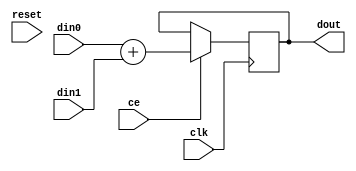
// Version: release . Copyright (C) 2011 XILINX, Inc.

// -------------------------------------------------------------------------------
// -- Add.
// -------------------------------------------------------------------------------
module AESL_Add
#(
parameter
        NUM_STAGE       =       2,
        din0_WIDTH      =       32,
        din1_WIDTH      =       32,
        dout_WIDTH      =       32
)
(
        input                                   clk,
        input                                   reset,
        input                                   ce,
        input           [din0_WIDTH-1:0]        din0,
        input           [din1_WIDTH-1:0]        din1,
        output  wire    [dout_WIDTH-1:0]        dout
);
generate
        if (NUM_STAGE==1)
        begin : comb
                assign  dout = din0 + din1;
        end
        else
        begin : buff
                integer i;
                reg [dout_WIDTH-1:0] dout_buff[NUM_STAGE-2:0];
                assign  dout = dout_buff[NUM_STAGE-2];
                always @(posedge clk)
                begin
                        if (ce)
                        begin
                                for (i=0;i<NUM_STAGE-1;i=i+1)
                                begin
                                        if (i==0)
                                                dout_buff[i] <= din0 + din1;
                                        else
                                                dout_buff[i] <= dout_buff[i-1];
                                end
                        end
                end
        end
endgenerate

endmodule

// -------------------------------------------------------------------------------
// -- Sub.
// -------------------------------------------------------------------------------
module AESL_Sub
#(
parameter
        NUM_STAGE       =       2,
        din0_WIDTH      =       32,
        din1_WIDTH      =       32,
        dout_WIDTH      =       32
)
(
        input                                   clk,
        input                                   reset,
        input                                   ce,
        input           [din0_WIDTH-1:0]        din0,
        input           [din1_WIDTH-1:0]        din1,
        output  wire    [dout_WIDTH-1:0]        dout
);
generate
        if (NUM_STAGE==1)
        begin : comb
                assign  dout = din0 - din1;
        end
        else
        begin : buff
                integer i;
                reg [dout_WIDTH-1:0] dout_buff[NUM_STAGE-2:0];
                assign  dout = dout_buff[NUM_STAGE-2];
                always @(posedge clk)
                begin
                        if (ce)
                        begin
                                for (i=0;i<NUM_STAGE-1;i=i+1)
                                begin
                                        if (i==0)
                                                dout_buff[i] <= din0 - din1;
                                        else
                                                dout_buff[i] <= dout_buff[i-1];
                                end
                        end
                end
        end
endgenerate

endmodule

// -------------------------------------------------------------------------------
// -- Mul.
// -------------------------------------------------------------------------------
module AESL_Mul_ss
#(
parameter
        NUM_STAGE       =       2,
        din0_WIDTH      =       32,
        din1_WIDTH      =       32,
        dout_WIDTH      =       32
)
(
        input                                   clk,
        input                                   reset,
        input                                   ce,
        input           [din0_WIDTH-1:0]        din0,
        input           [din1_WIDTH-1:0]        din1,
        output  wire    [dout_WIDTH-1:0]        dout
);
wire signed [din0_WIDTH:0] a;
wire signed [din1_WIDTH:0] b;
assign a = {din0[din0_WIDTH-1], din0};
assign b = {din1[din1_WIDTH-1], din1};
generate
        if (NUM_STAGE==1)
        begin : comb
                assign  dout = a * b;
        end
        else
        begin : buff
                integer i;
                reg [dout_WIDTH-1:0] dout_buff[NUM_STAGE-2:0];
                assign  dout = dout_buff[NUM_STAGE-2];
                always @(posedge clk)
                begin
                        if (ce)
                        begin
                                for (i=0;i<NUM_STAGE-1;i=i+1)
                                begin
                                        if (i==0)
                                                dout_buff[i] <= a * b;
                                        else
                                                dout_buff[i] <= dout_buff[i-1];
                                end
                        end
                end
        end
endgenerate

endmodule

module AESL_Mul_us
#(
parameter
        NUM_STAGE       =       2,
        din0_WIDTH      =       32,
        din1_WIDTH      =       32,
        dout_WIDTH      =       32
)
(
        input                                   clk,
        input                                   reset,
        input                                   ce,
        input           [din0_WIDTH-1:0]        din0,
        input           [din1_WIDTH-1:0]        din1,
        output  wire    [dout_WIDTH-1:0]        dout
);
wire signed [din0_WIDTH:0] a;
wire signed [din1_WIDTH:0] b;
assign a = {1'b0,               din0};
assign b = {din1[din1_WIDTH-1], din1};
generate
        if (NUM_STAGE==1)
        begin : comb
                assign  dout = a * b;
        end
        else
        begin : buff
                integer i;
                reg [dout_WIDTH-1:0] dout_buff[NUM_STAGE-2:0];
                assign  dout = dout_buff[NUM_STAGE-2];
                always @(posedge clk)
                begin
                        if (ce)
                        begin
                                for (i=0;i<NUM_STAGE-1;i=i+1)
                                begin
                                        if (i==0)
                                                dout_buff[i] <= a * b;
                                        else
                                                dout_buff[i] <= dout_buff[i-1];
                                end
                        end
                end
        end
endgenerate

endmodule

module AESL_Mul_su
#(
parameter
        NUM_STAGE       =       2,
        din0_WIDTH      =       32,
        din1_WIDTH      =       32,
        dout_WIDTH      =       32
)
(
        input                                   clk,
        input                                   reset,
        input                                   ce,
        input           [din0_WIDTH-1:0]        din0,
        input           [din1_WIDTH-1:0]        din1,
        output  wire    [dout_WIDTH-1:0]        dout
);
wire signed [din0_WIDTH:0] a;
wire signed [din1_WIDTH:0] b;
assign a = {din0[din0_WIDTH-1], din0};
assign b = {1'b0              , din1};
generate
        if (NUM_STAGE==1)
        begin : comb
                assign  dout = a * b;
        end
        else
        begin : buff
                integer i;
                reg [dout_WIDTH-1:0] dout_buff[NUM_STAGE-2:0];
                assign  dout = dout_buff[NUM_STAGE-2];
                always @(posedge clk)
                begin
                        if (ce)
                        begin
                                for (i=0;i<NUM_STAGE-1;i=i+1)
                                begin
                                        if (i==0)
                                                dout_buff[i] <= a * b;
                                        else
                                                dout_buff[i] <= dout_buff[i-1];
                                end
                        end
                end
        end
endgenerate

endmodule

module AESL_Mul_uu
#(
parameter
        NUM_STAGE       =       2,
        din0_WIDTH      =       32,
        din1_WIDTH      =       32,
        dout_WIDTH      =       32
)
(
        input                                   clk,
        input                                   reset,
        input                                   ce,
        input           [din0_WIDTH-1:0]        din0,
        input           [din1_WIDTH-1:0]        din1,
        output  wire    [dout_WIDTH-1:0]        dout
);
generate
        if (NUM_STAGE==1)
        begin : comb
                assign  dout = din0 * din1;
        end
        else
        begin : buff
                integer i;
                reg [dout_WIDTH-1:0] dout_buff[NUM_STAGE-2:0];
                assign  dout = dout_buff[NUM_STAGE-2];
                always @(posedge clk)
                begin
                        if (ce)
                        begin
                                for (i=0;i<NUM_STAGE-1;i=i+1)
                                begin
                                        if (i==0)
                                                dout_buff[i] <= din0 * din1;
                                        else
                                                dout_buff[i] <= dout_buff[i-1];
                                end
                        end
                end
        end
endgenerate

endmodule

// -------------------------------------------------------------------------------
// -- SDivide.
// -------------------------------------------------------------------------------
module AESL_sdiv
#(
parameter
        NUM_STAGE       =       2,
        din0_WIDTH      =       32,
        din1_WIDTH      =       32,
        dout_WIDTH      =       32
)
(
        input                                   clk,
        input                                   reset,
        input                                   ce,
        input           [din0_WIDTH-1:0]        din0,
        input           [din1_WIDTH-1:0]        din1,
        output  wire    [dout_WIDTH-1:0]        dout
);
wire signed [din0_WIDTH:0] a;
wire signed [din1_WIDTH:0] b;
assign a = {din0[din0_WIDTH-1], din0};
assign b = {din1[din1_WIDTH-1], din1};
generate
        if (NUM_STAGE==1)
        begin : comb
                assign  dout = a / b;
        end
        else
        begin : buff
                integer i;
                reg [dout_WIDTH-1:0] dout_buff[NUM_STAGE-2:0];
                assign  dout = dout_buff[NUM_STAGE-2];
                always @(posedge clk)
                begin
                        if (ce)
                        begin
                                for (i=0;i<NUM_STAGE-1;i=i+1)
                                begin
                                        if (i==0)
                                                dout_buff[i] <= a / b;
                                        else
                                                dout_buff[i] <= dout_buff[i-1];
                                end
                        end
                end
        end
endgenerate

endmodule

//-------------------------------------------------------------------------------
//-- UDivide.
//-------------------------------------------------------------------------------
module AESL_udiv
#(
parameter
        NUM_STAGE       =       2,
        din0_WIDTH      =       32,
        din1_WIDTH      =       32,
        dout_WIDTH      =       32
)
(
        input                                   clk,
        input                                   reset,
        input                                   ce,
        input           [din0_WIDTH-1:0]        din0,
        input           [din1_WIDTH-1:0]        din1,
        output  wire    [dout_WIDTH-1:0]        dout
);
generate
        if (NUM_STAGE==1)
        begin : comb
                assign  dout = din0 / din1;
        end
        else
        begin : buff
                integer i;
                reg [dout_WIDTH-1:0] dout_buff[NUM_STAGE-2:0];
                assign  dout = dout_buff[NUM_STAGE-2];
                always @(posedge clk)
                begin
                        if (ce)
                        begin
                                for (i=0;i<NUM_STAGE-1;i=i+1)
                                begin
                                        if (i==0)
                                                dout_buff[i] <= din0 / din1;
                                        else
                                                dout_buff[i] <= dout_buff[i-1];
                                end
                        end
                end
        end
endgenerate

endmodule

// -------------------------------------------------------------------------------
// -- SRem
// -------------------------------------------------------------------------------
module AESL_srem
#(
parameter
        NUM_STAGE       =       2,
        din0_WIDTH      =       32,
        din1_WIDTH      =       32,
        dout_WIDTH      =       32
)
(
        input                                   clk,
        input                                   reset,
        input                                   ce,
        input           [din0_WIDTH-1:0]        din0,
        input           [din1_WIDTH-1:0]        din1,
        output  wire    [dout_WIDTH-1:0]        dout
);
wire signed [din0_WIDTH:0] a;
wire signed [din1_WIDTH:0] b;
assign a = {din0[din0_WIDTH-1], din0};
assign b = {din1[din1_WIDTH-1], din1};
generate
        if (NUM_STAGE==1)
        begin : comb
                assign  dout = a % b;
        end
        else
        begin : buff
                integer i;
                reg [dout_WIDTH-1:0] dout_buff[NUM_STAGE-2:0];
                assign  dout = dout_buff[NUM_STAGE-2];
                always @(posedge clk)
                begin
                        if (ce)
                        begin
                                for (i=0;i<NUM_STAGE-1;i=i+1)
                                begin
                                        if (i==0)
                                                dout_buff[i] <= a % b;
                                        else
                                                dout_buff[i] <= dout_buff[i-1];
                                end
                        end
                end
        end
endgenerate

endmodule


// -------------------------------------------------------------------------------
// -- URem
// -------------------------------------------------------------------------------
module AESL_urem
#(
parameter
        NUM_STAGE       =       2,
        din0_WIDTH      =       32,
        din1_WIDTH      =       32,
        dout_WIDTH      =       32
)
(
        input                                   clk,
        input                                   reset,
        input                                   ce,
        input           [din0_WIDTH-1:0]        din0,
        input           [din1_WIDTH-1:0]        din1,
        output  wire    [dout_WIDTH-1:0]        dout
);
generate
        if (NUM_STAGE==1)
        begin : comb
                assign  dout = din0 % din1;
        end
        else
        begin : buff
                integer i;
                reg [dout_WIDTH-1:0] dout_buff[NUM_STAGE-2:0];
                assign  dout = dout_buff[NUM_STAGE-2];
                always @(posedge clk)
                begin
                        if (ce)
                        begin
                                for (i=0;i<NUM_STAGE-1;i=i+1)
                                begin
                                        if (i==0)
                                                dout_buff[i] <= din0 % din1;
                                        else
                                                dout_buff[i] <= dout_buff[i-1];
                                end
                        end
                end
        end
endgenerate

endmodule

// -------------------------------------------------------------------------------
// -- SDiv/SRem
// -------------------------------------------------------------------------------
module AESL_sdivsrem
#(
parameter
        NUM_STAGE       =       2,
        din0_WIDTH      =       32,
        din1_WIDTH      =       32,
        dout_WIDTH      =       32
)
(
        input                                   clk,
        input                                   reset,
        input                                   ce,
        input                                   opcode,
        input           [din0_WIDTH-1:0]        din0,
        input           [din1_WIDTH-1:0]        din1,
        output  wire    [dout_WIDTH-1:0]        dout
);
wire signed [din0_WIDTH:0] a;
wire signed [din1_WIDTH:0] b;
assign a = {din0[din0_WIDTH-1], din0};
assign b = {din1[din1_WIDTH-1], din1};
generate
        if (NUM_STAGE==1)
        begin : comb
                assign  dout = opcode? a % b :
                                       a / b;
        end
        else
        begin : buff
                integer i;
                reg [dout_WIDTH-1:0] dout_buff[NUM_STAGE-2:0];
                assign  dout = dout_buff[NUM_STAGE-2];
                always @(posedge clk)
                begin
                        if (ce)
                        begin
                                for (i=0;i<NUM_STAGE-1;i=i+1)
                                begin
                                        if (i==0)
                                                dout_buff[i] <= opcode? a % b :
                                                                        a / b;
                                        else
                                                dout_buff[i] <= dout_buff[i-1];
                                end
                        end
                end
        end
endgenerate

endmodule

// -------------------------------------------------------------------------------
// -- UDiv/URem
// -------------------------------------------------------------------------------
module AESL_udivurem
#(
parameter
        NUM_STAGE       =       2,
        din0_WIDTH      =       32,
        din1_WIDTH      =       32,
        dout_WIDTH      =       32
)
(
        input                                   clk,
        input                                   reset,
        input                                   ce,
        input                                   opcode,
        input           [din0_WIDTH-1:0]        din0,
        input           [din1_WIDTH-1:0]        din1,
        output  wire    [dout_WIDTH-1:0]        dout
);
generate
        if (NUM_STAGE==1)
        begin : comb
                assign  dout = opcode? din0 % din1 :
                                       din0 / din1;
        end
        else
        begin : buff
                integer i;
                reg [dout_WIDTH-1:0] dout_buff[NUM_STAGE-2:0];
                assign  dout = dout_buff[NUM_STAGE-2];
                always @(posedge clk)
                begin
                        if (ce)
                        begin
                                for (i=0;i<NUM_STAGE-1;i=i+1)
                                begin
                                        if (i==0)
                                                dout_buff[i] <= opcode? din0 % din1 :
                                                                        din0 / din1;
                                        else
                                                dout_buff[i] <= dout_buff[i-1];
                                end
                        end
                end
        end
endgenerate

endmodule